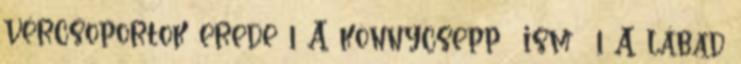
vércsoportok erede 1 A könnycsepp ism 1 A lábad